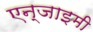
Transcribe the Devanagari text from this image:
एन्जाइमी